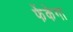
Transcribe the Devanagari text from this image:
फेंकेगा